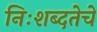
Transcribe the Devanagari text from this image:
निःशब्दतेचे